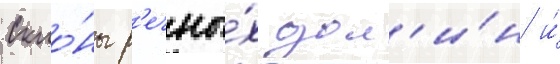
Скло́ны р'ечны́х дол'и́н и́